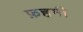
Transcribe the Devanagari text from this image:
फ़हमी